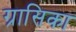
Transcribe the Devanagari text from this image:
ग्रासिका